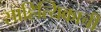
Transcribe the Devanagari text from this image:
साहित्यिकाची